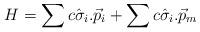
LaTeX: \begin{align*}H= \sum c \hat{\sigma}_{i}.\vec{p}_{i} + \sum c\hat{\sigma}_{i}.\vec{p}_{m}\end{align*}